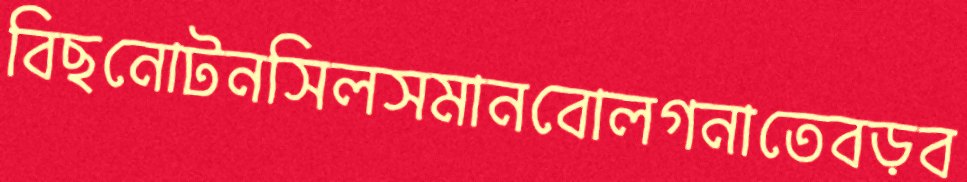
বিছনোটনসিলসমানবোলগনাতেবড়ব